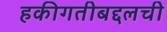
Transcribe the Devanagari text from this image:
हकीगतीबद्दलची